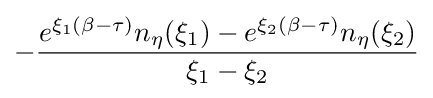
-{\frac {e^{\xi _{1}(\beta -\tau )}n_{\eta }(\xi _{1})-e^{\xi _{2}(\beta -\tau )}n_{\eta }(\xi _{2})}{\xi _{1}-\xi _{2}}}